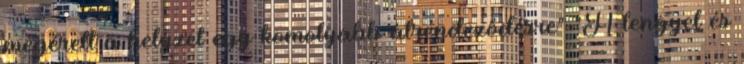
megérett a helyzet egy komolyabb átrendeződésre" "A lengyel és